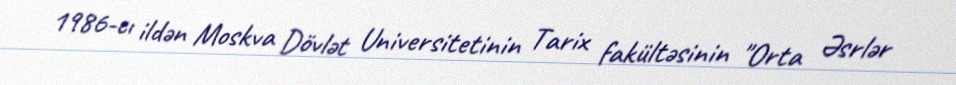
1986-cı ildən Moskva Dövlət Universitetinin Tarix fakültəsinin "Orta Əsrlər